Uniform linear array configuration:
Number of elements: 16
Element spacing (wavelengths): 0.75
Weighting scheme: hamming
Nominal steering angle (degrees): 30
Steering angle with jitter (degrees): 30.831
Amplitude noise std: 0.05
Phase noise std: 0.05

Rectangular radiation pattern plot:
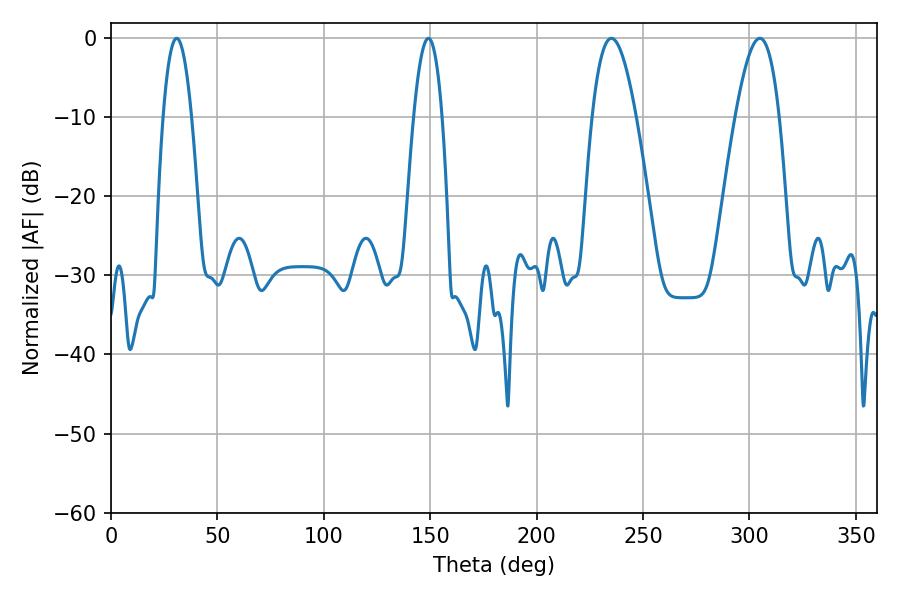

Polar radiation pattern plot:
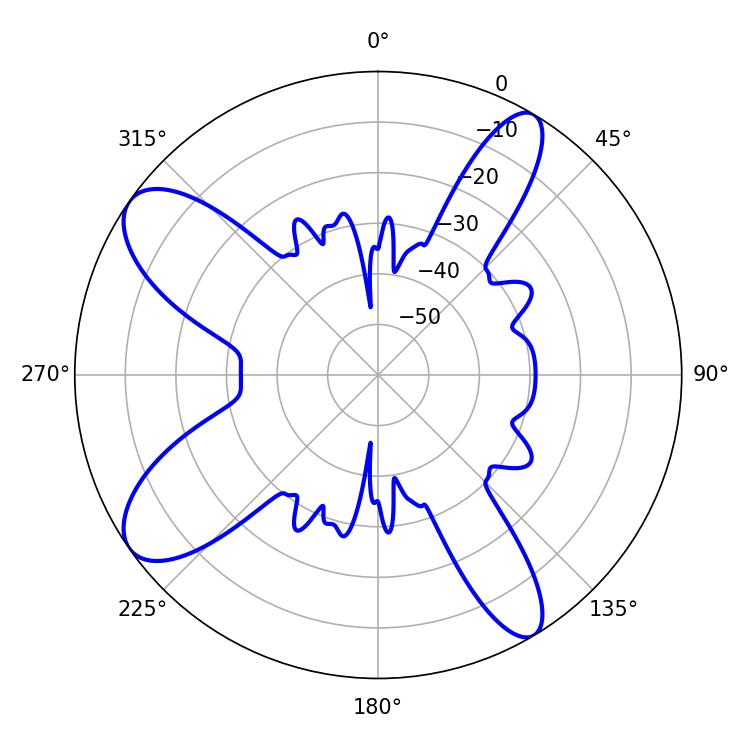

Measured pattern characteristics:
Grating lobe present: TRUE
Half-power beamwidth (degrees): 11.34
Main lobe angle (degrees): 235.08